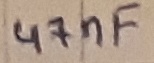
Text: 47nF